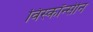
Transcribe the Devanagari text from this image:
विस्कॉन्सीन